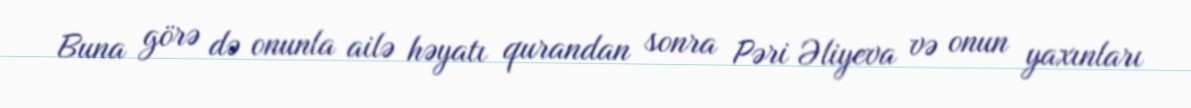
Buna görə də onunla ailə həyatı qurandan sonra Pəri Əliyeva və onun yaxınları